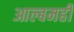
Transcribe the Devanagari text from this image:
आल्बमही